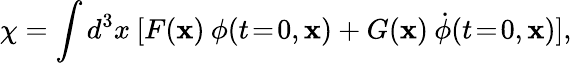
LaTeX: \chi=\int d^{3}x\: [F(\mathbf{x})\: \phi(t\! =\! 0,\mathbf{x})+G(\mathbf{x})\: \dot{\phi}(t\! =\! 0,\mathbf{x})],